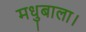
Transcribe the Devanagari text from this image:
मधुबाला।